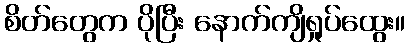
စိတ်တွေက ပိုပြီး နောက်ကျိရှုပ်ထွေး။